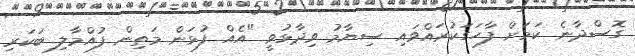
ގޮސްދާނެ ކަމަށް ފާހަގަކުރައްވައި ސިޔާމު ވިދާޅުވީ "އެއް ފުޅަން މަތިން ފުއްމާލި ބަކަރި